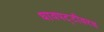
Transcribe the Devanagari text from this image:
धावपट्टीवरच